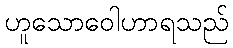
ဟူသောဝေါဟာရသည်